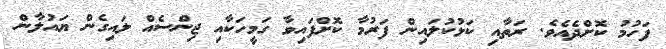
ފަހުމު ކޮށްދެއެވެ. ރަތާއި ކަޅުކުލައިން ފަރުމާ ކޮށްފައިވާ ގަމީހަކާއި ޖިންސެއް ލައިގެން ޔައުލާން